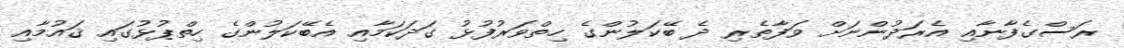
ރަސްގެފާނާއި އެރަދުންނަށް ވަފާތެރި ދެ ބޭކަލުންގެ ހިތްވަރުފުޅު ގަދަކަމާއި އެބޭކަލުންގެ ހިތްޕުޅުގައި ޤައުމާއި